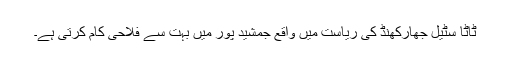
ٹاٹا سٹیل جھارکھنڈ کی ریاست میں واقع جمشید پور میں بہت سے فلاحی کام کرتی ہے۔